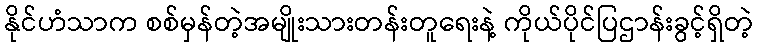
နိုင်ဟံသာက စစ်မှန်တဲ့အမျိုးသားတန်းတူရေးနဲ့ ကိုယ်ပိုင်ပြဌာန်းခွင့်ရှိတဲ့